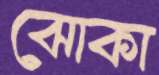
ঝোকা